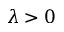
\lambda > 0